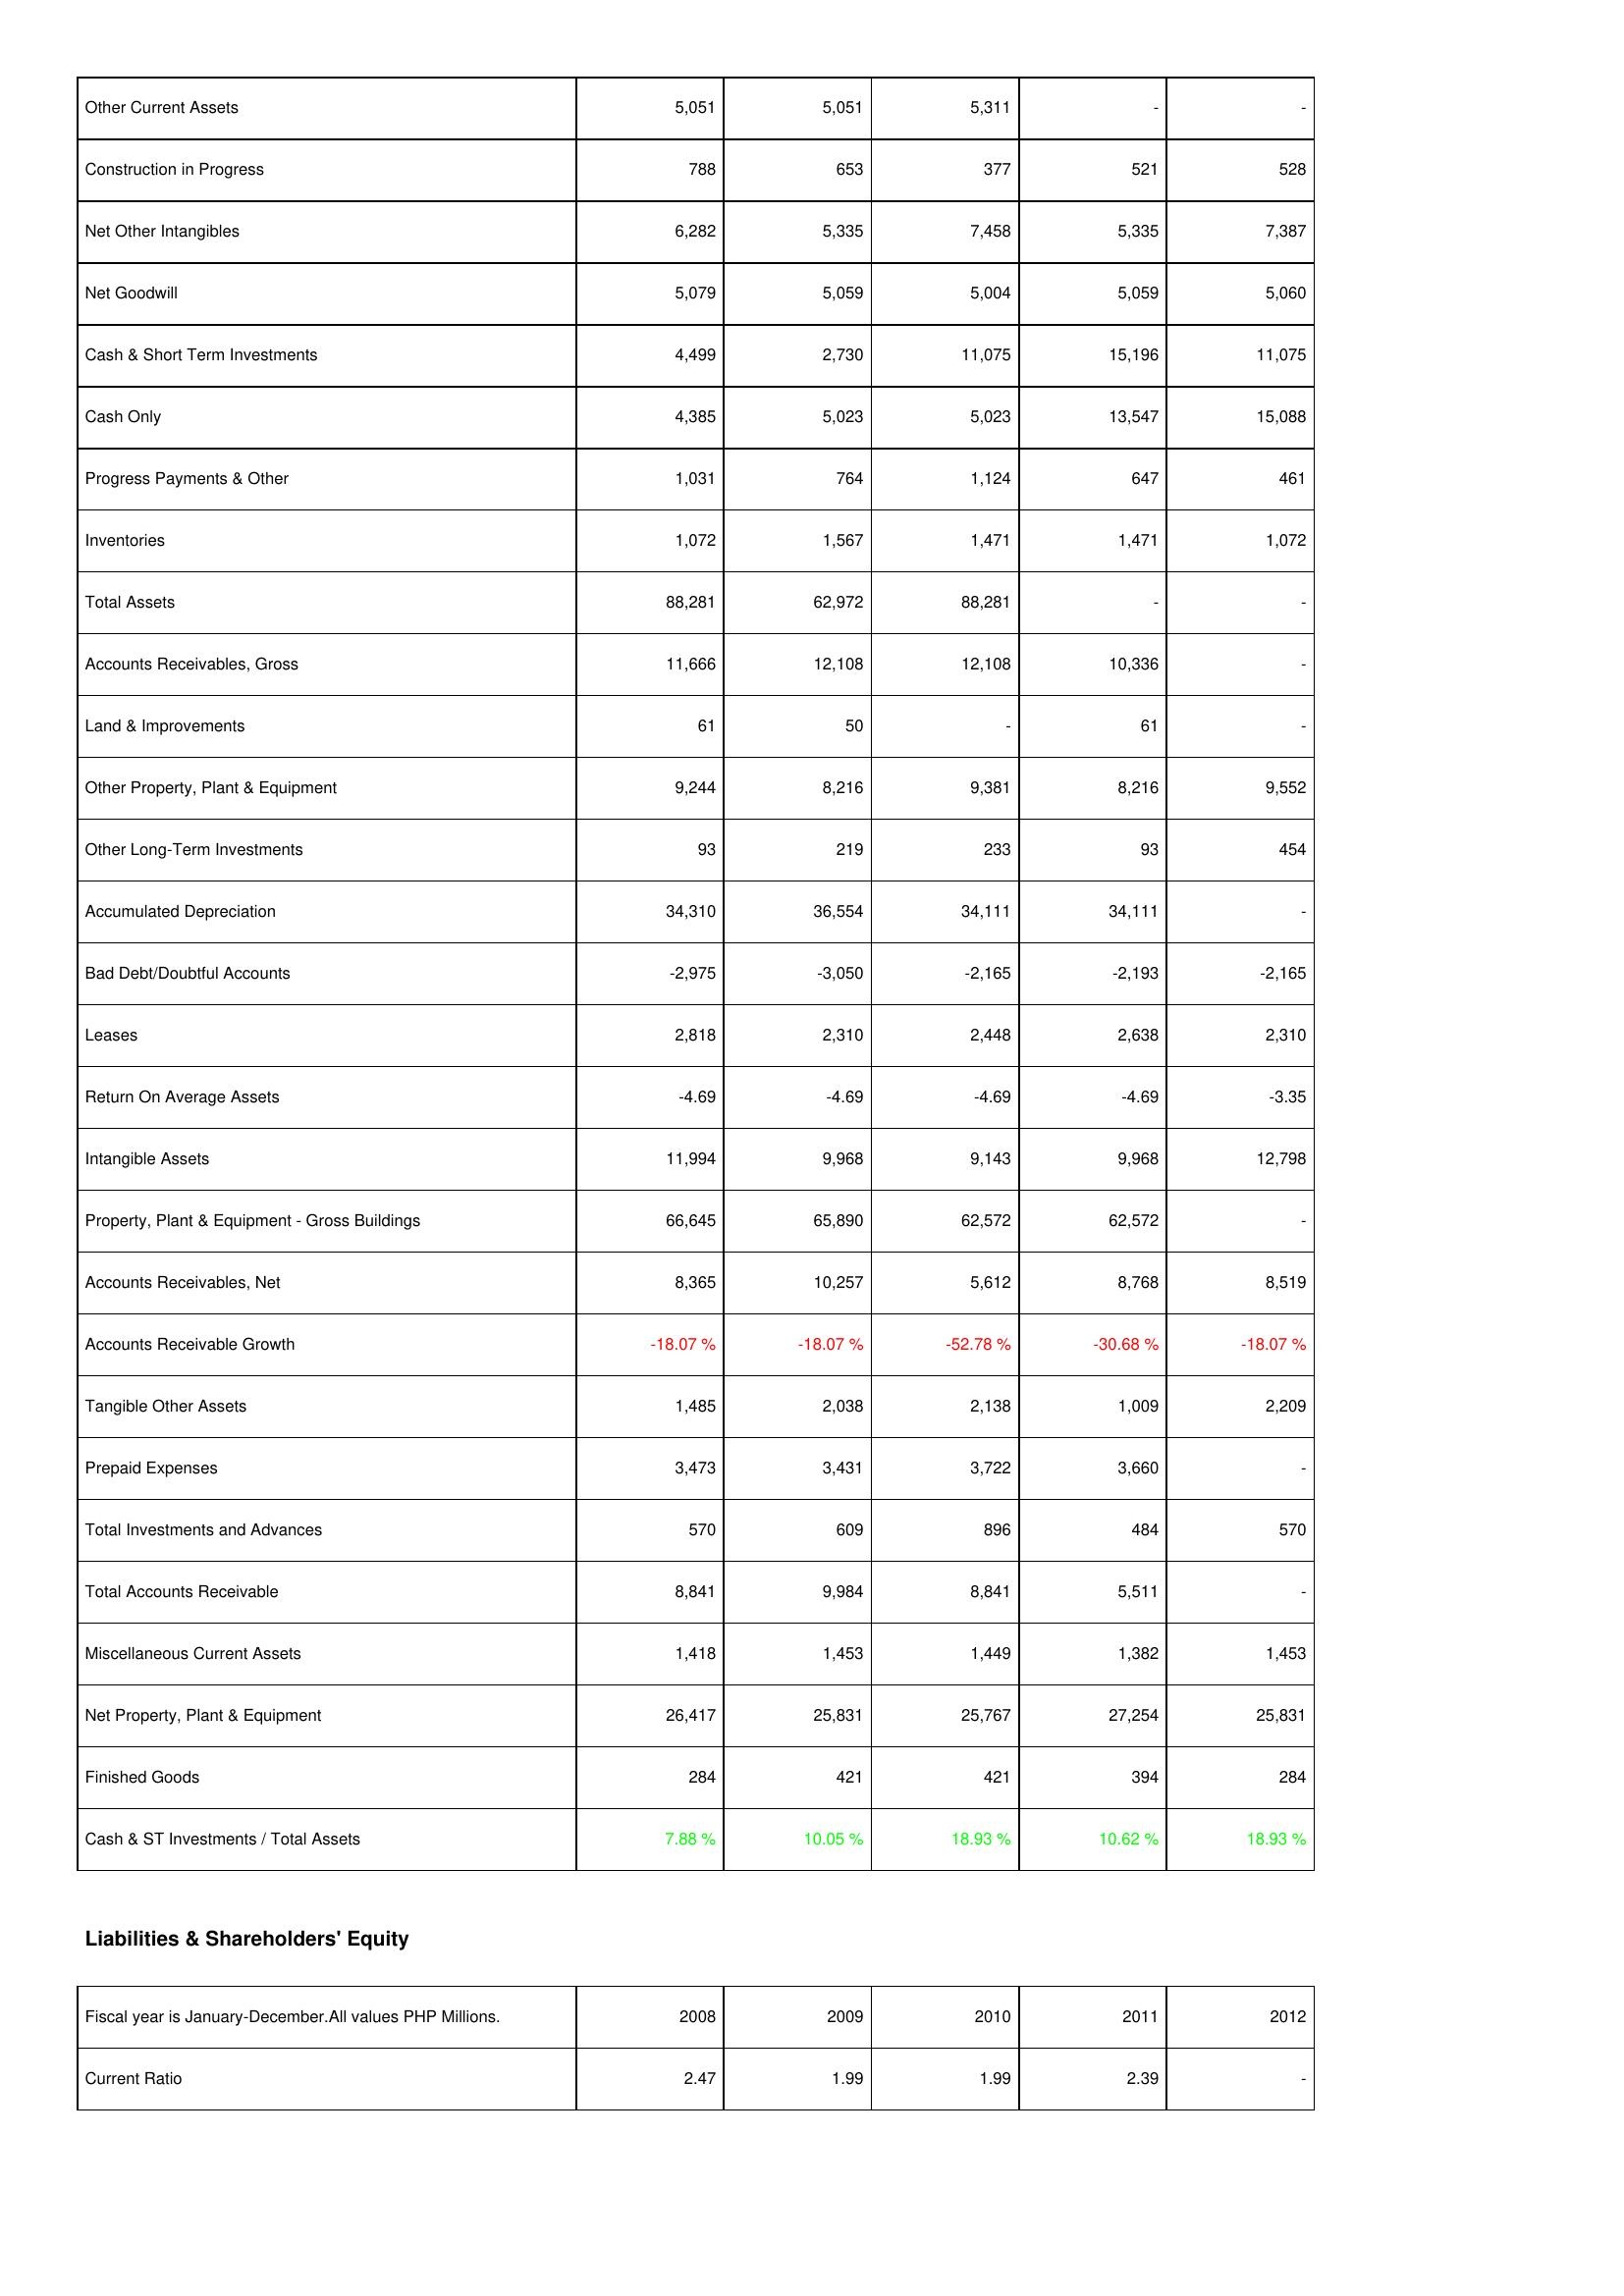
2008: Assets: Other Current Assets: 5,051
Construction in Progress: 788
Net Other Intangibles: 6,282
Net Goodwill: 5,079
Cash & Short Term Investments: 4,499
Cash Only: 4,385
Progress Payments & Other: 1,031
Inventories: 1,072
Total Assets: 88,281
Accounts Receivables, Gross: 11,666
Land & Improvements: 61
Other Property, Plant & Equipment: 9,244
Other Long-Term Investments: 93
Accumulated Depreciation: 34,310
Bad Debt/Doubtful Accounts: -2,975
Leases: 2,818
Return On Average Assets: -4.69
Intangible Assets: 11,994
Property, Plant & Equipment - Gross Buildings: 66,645
Accounts Receivables, Net: 8,365
Accounts Receivable Growth: -18.07 %
Tangible Other Assets: 1,485
Prepaid Expenses: 3,473
Total Investments and Advances: 570
Total Accounts Receivable: 8,841
Miscellaneous Current Assets: 1,418
Net Property, Plant & Equipment: 26,417
Finished Goods: 284
Cash & ST Investments / Total Assets: 7.88 %
Liabilities & Shareholders' Equity: Current Ratio: 2.47
2009: Assets: Other Current Assets: 5,051
Construction in Progress: 653
Net Other Intangibles: 5,335
Net Goodwill: 5,059
Cash & Short Term Investments: 2,730
Cash Only: 5,023
Progress Payments & Other: 764
Inventories: 1,567
Total Assets: 62,972
Accounts Receivables, Gross: 12,108
Land & Improvements: 50
Other Property, Plant & Equipment: 8,216
Other Long-Term Investments: 219
Accumulated Depreciation: 36,554
Bad Debt/Doubtful Accounts: -3,050
Leases: 2,310
Return On Average Assets: -4.69
Intangible Assets: 9,968
Property, Plant & Equipment - Gross Buildings: 65,890
Accounts Receivables, Net: 10,257
Accounts Receivable Growth: -18.07 %
Tangible Other Assets: 2,038
Prepaid Expenses: 3,431
Total Investments and Advances: 609
Total Accounts Receivable: 9,984
Miscellaneous Current Assets: 1,453
Net Property, Plant & Equipment: 25,831
Finished Goods: 421
Cash & ST Investments / Total Assets: 10.05 %
Liabilities & Shareholders' Equity: Current Ratio: 1.99
2010: Assets: Other Current Assets: 5,311
Construction in Progress: 377
Net Other Intangibles: 7,458
Net Goodwill: 5,004
Cash & Short Term Investments: 11,075
Cash Only: 5,023
Progress Payments & Other: 1,124
Inventories: 1,471
Total Assets: 88,281
Accounts Receivables, Gross: 12,108
Land & Improvements: -
Other Property, Plant & Equipment: 9,381
Other Long-Term Investments: 233
Accumulated Depreciation: 34,111
Bad Debt/Doubtful Accounts: -2,165
Leases: 2,448
Return On Average Assets: -4.69
Intangible Assets: 9,143
Property, Plant & Equipment - Gross Buildings: 62,572
Accounts Receivables, Net: 5,612
Accounts Receivable Growth: -52.78 %
Tangible Other Assets: 2,138
Prepaid Expenses: 3,722
Total Investments and Advances: 896
Total Accounts Receivable: 8,841
Miscellaneous Current Assets: 1,449
Net Property, Plant & Equipment: 25,767
Finished Goods: 421
Cash & ST Investments / Total Assets: 18.93 %
Liabilities & Shareholders' Equity: Current Ratio: 1.99
2011: Assets: Other Current Assets: -
Construction in Progress: 521
Net Other Intangibles: 5,335
Net Goodwill: 5,059
Cash & Short Term Investments: 15,196
Cash Only: 13,547
Progress Payments & Other: 647
Inventories: 1,471
Total Assets: -
Accounts Receivables, Gross: 10,336
Land & Improvements: 61
Other Property, Plant & Equipment: 8,216
Other Long-Term Investments: 93
Accumulated Depreciation: 34,111
Bad Debt/Doubtful Accounts: -2,193
Leases: 2,638
Return On Average Assets: -4.69
Intangible Assets: 9,968
Property, Plant & Equipment - Gross Buildings: 62,572
Accounts Receivables, Net: 8,768
Accounts Receivable Growth: -30.68 %
Tangible Other Assets: 1,009
Prepaid Expenses: 3,660
Total Investments and Advances: 484
Total Accounts Receivable: 5,511
Miscellaneous Current Assets: 1,382
Net Property, Plant & Equipment: 27,254
Finished Goods: 394
Cash & ST Investments / Total Assets: 10.62 %
Liabilities & Shareholders' Equity: Current Ratio: 2.39
2012: Assets: Other Current Assets: -
Construction in Progress: 528
Net Other Intangibles: 7,387
Net Goodwill: 5,060
Cash & Short Term Investments: 11,075
Cash Only: 15,088
Progress Payments & Other: 461
Inventories: 1,072
Total Assets: -
Accounts Receivables, Gross: -
Land & Improvements: -
Other Property, Plant & Equipment: 9,552
Other Long-Term Investments: 454
Accumulated Depreciation: -
Bad Debt/Doubtful Accounts: -2,165
Leases: 2,310
Return On Average Assets: -3.35
Intangible Assets: 12,798
Property, Plant & Equipment - Gross Buildings: -
Accounts Receivables, Net: 8,519
Accounts Receivable Growth: -18.07 %
Tangible Other Assets: 2,209
Prepaid Expenses: -
Total Investments and Advances: 570
Total Accounts Receivable: -
Miscellaneous Current Assets: 1,453
Net Property, Plant & Equipment: 25,831
Finished Goods: 284
Cash & ST Investments / Total Assets: 18.93 %
Liabilities & Shareholders' Equity: Current Ratio: -